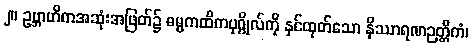
၂။ ဥဗ္ဘာဟိကအဆုံးအဖြတ်၌ ဓမ္မကထိကပုဂ္ဂိုလ်ကို နှင်ထုတ်သော နိဿာရဏဉတ္တိကံ၊